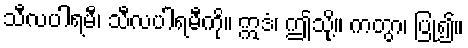
သီလပါရမီ၊ သီလပါရမီကို။ ဣဒံ၊ ဤသို့။ ကတွာ၊ ပြု၍။